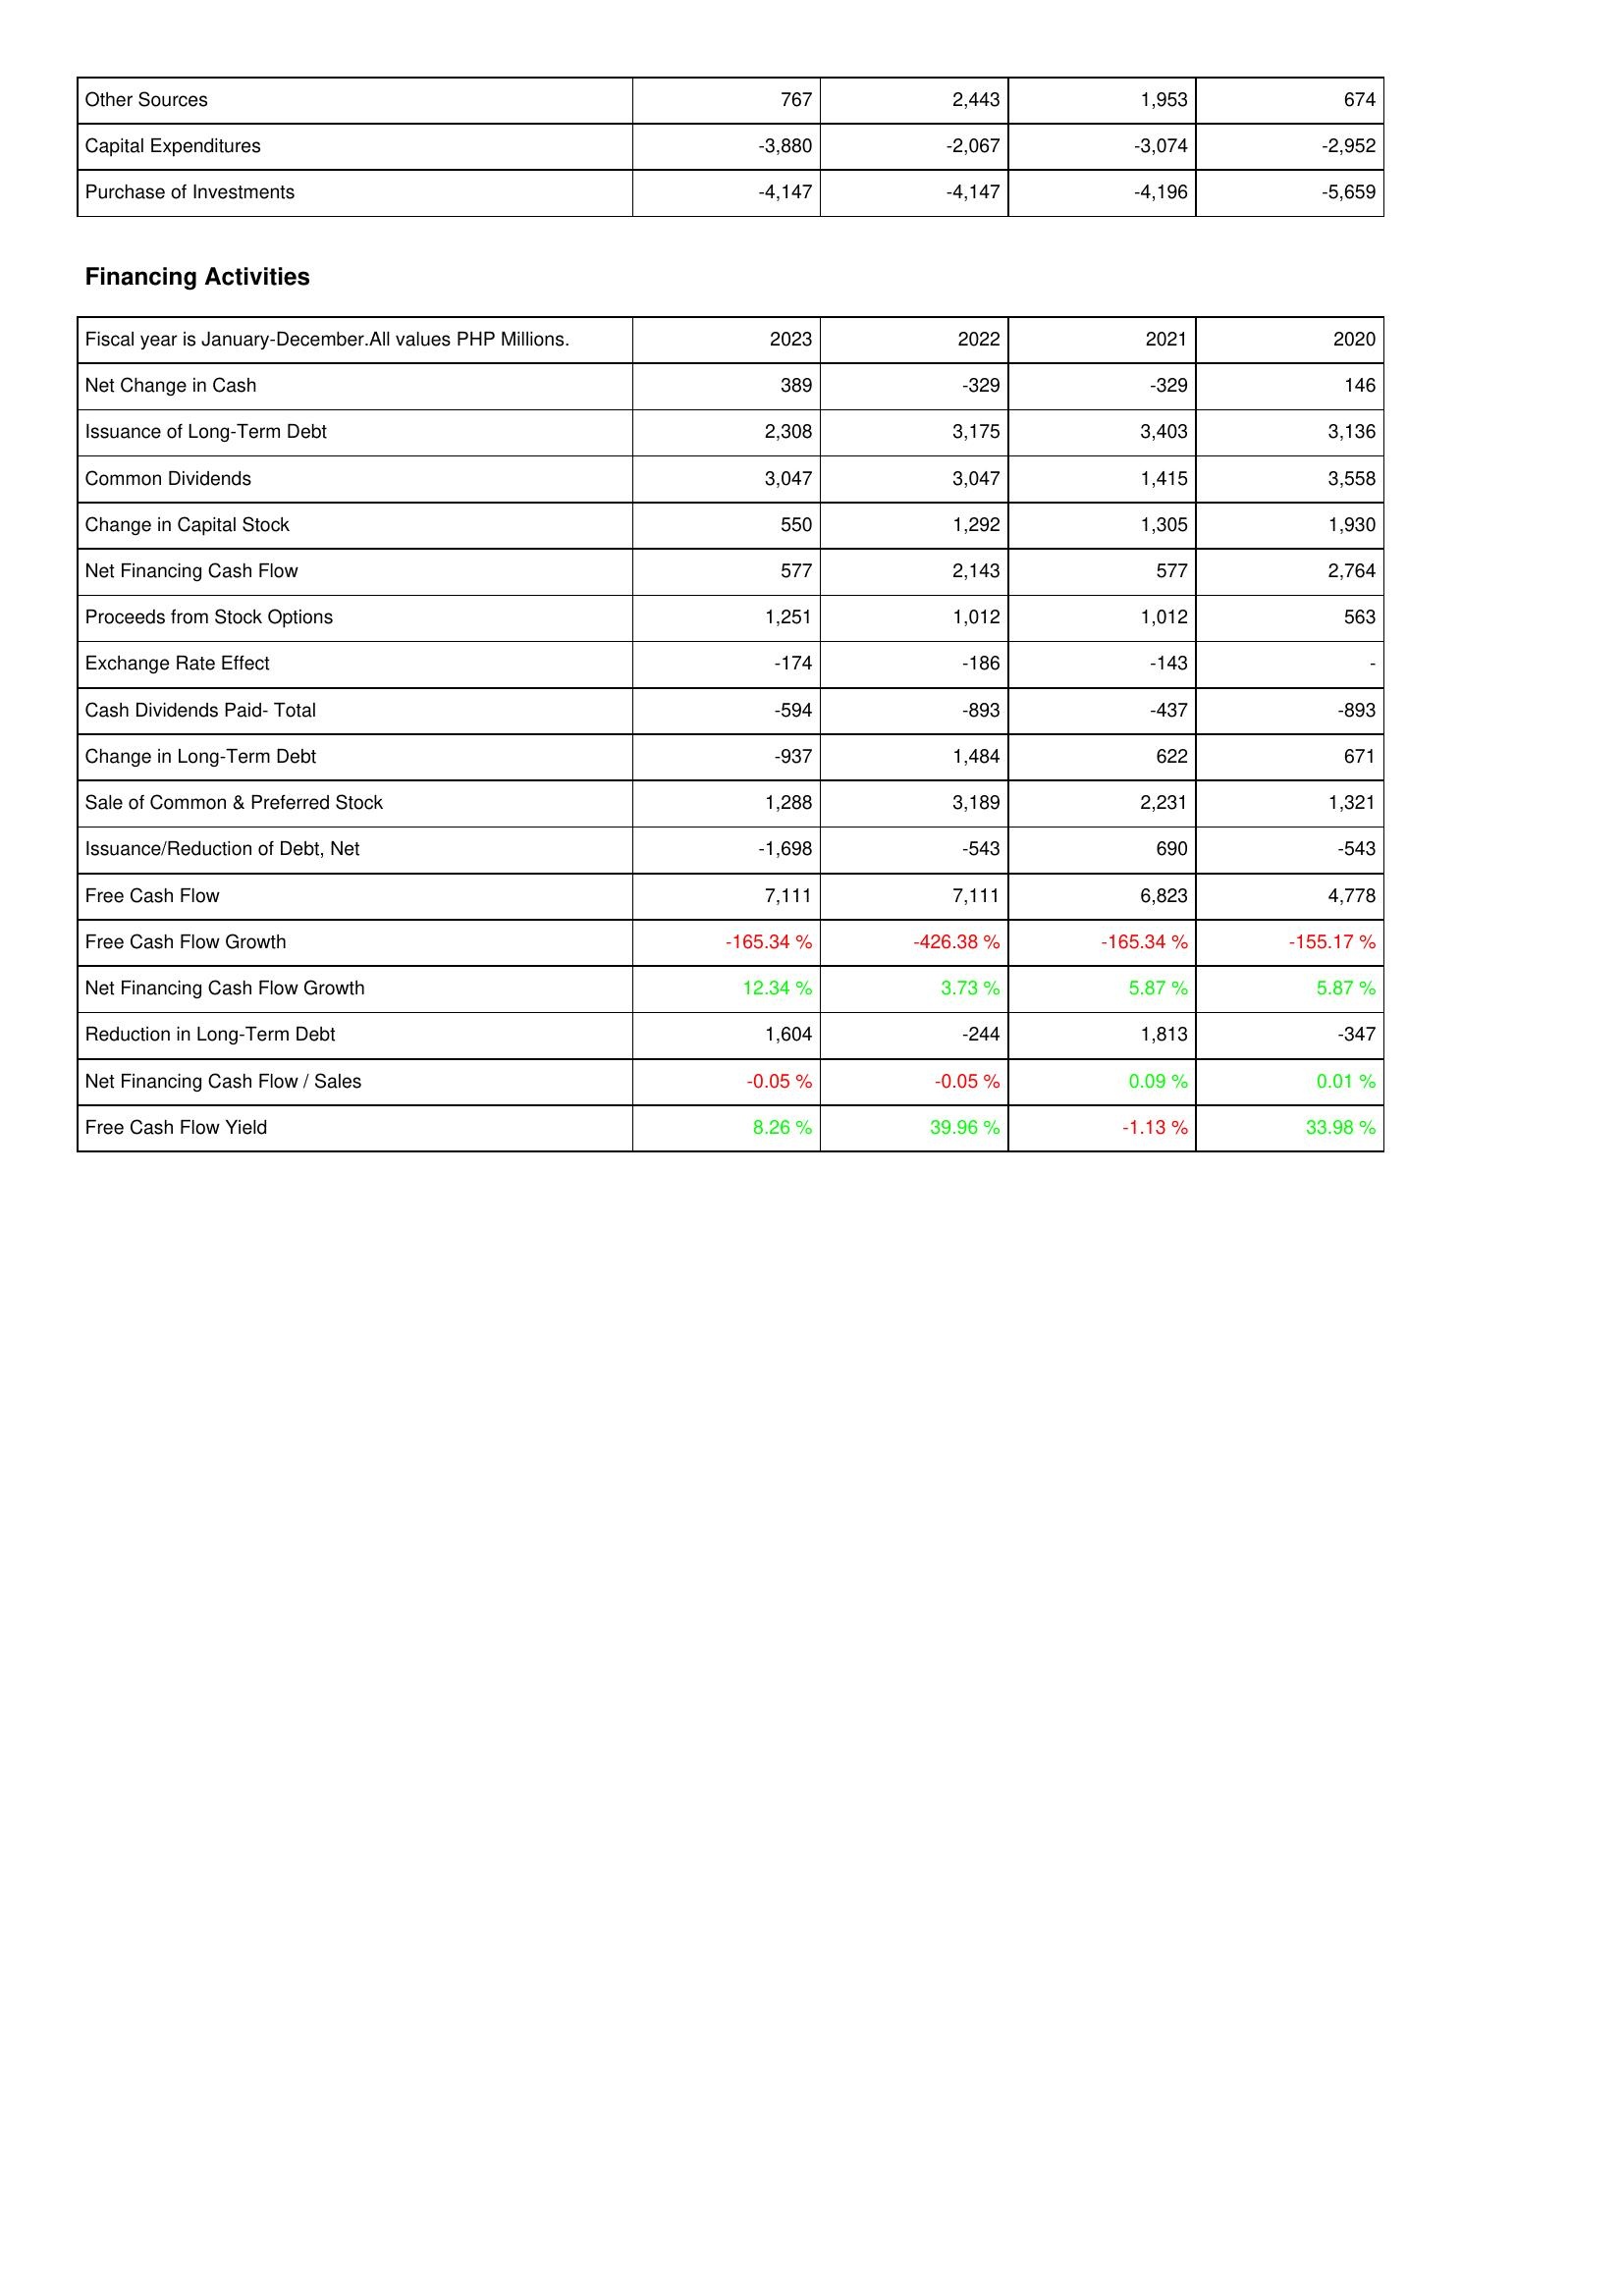
2023: Investing Activities: Other Sources: 767
Capital Expenditures: -3,880
Purchase of Investments: -4,147
Financing Activities: Net Change in Cash: 389
Issuance of Long-Term Debt: 2,308
Common Dividends: 3,047
Change in Capital Stock: 550
Net Financing Cash Flow: 577
Proceeds from Stock Options: 1,251
Exchange Rate Effect: -174
Cash Dividends Paid- Total: -594
Change in Long-Term Debt: -937
Sale of Common & Preferred Stock: 1,288
Issuance/Reduction of Debt, Net: -1,698
Free Cash Flow: 7,111
Free Cash Flow Growth: -165.34 %
Net Financing Cash Flow Growth: 12.34 %
Reduction in Long-Term Debt: 1,604
Net Financing Cash Flow / Sales: -0.05 %
Free Cash Flow Yield: 8.26 %
2022: Investing Activities: Other Sources: 2,443
Capital Expenditures: -2,067
Purchase of Investments: -4,147
Financing Activities: Net Change in Cash: -329
Issuance of Long-Term Debt: 3,175
Common Dividends: 3,047
Change in Capital Stock: 1,292
Net Financing Cash Flow: 2,143
Proceeds from Stock Options: 1,012
Exchange Rate Effect: -186
Cash Dividends Paid- Total: -893
Change in Long-Term Debt: 1,484
Sale of Common & Preferred Stock: 3,189
Issuance/Reduction of Debt, Net: -543
Free Cash Flow: 7,111
Free Cash Flow Growth: -426.38 %
Net Financing Cash Flow Growth: 3.73 %
Reduction in Long-Term Debt: -244
Net Financing Cash Flow / Sales: -0.05 %
Free Cash Flow Yield: 39.96 %
2021: Investing Activities: Other Sources: 1,953
Capital Expenditures: -3,074
Purchase of Investments: -4,196
Financing Activities: Net Change in Cash: -329
Issuance of Long-Term Debt: 3,403
Common Dividends: 1,415
Change in Capital Stock: 1,305
Net Financing Cash Flow: 577
Proceeds from Stock Options: 1,012
Exchange Rate Effect: -143
Cash Dividends Paid- Total: -437
Change in Long-Term Debt: 622
Sale of Common & Preferred Stock: 2,231
Issuance/Reduction of Debt, Net: 690
Free Cash Flow: 6,823
Free Cash Flow Growth: -165.34 %
Net Financing Cash Flow Growth: 5.87 %
Reduction in Long-Term Debt: 1,813
Net Financing Cash Flow / Sales: 0.09 %
Free Cash Flow Yield: -1.13 %
2020: Investing Activities: Other Sources: 674
Capital Expenditures: -2,952
Purchase of Investments: -5,659
Financing Activities: Net Change in Cash: 146
Issuance of Long-Term Debt: 3,136
Common Dividends: 3,558
Change in Capital Stock: 1,930
Net Financing Cash Flow: 2,764
Proceeds from Stock Options: 563
Exchange Rate Effect: -
Cash Dividends Paid- Total: -893
Change in Long-Term Debt: 671
Sale of Common & Preferred Stock: 1,321
Issuance/Reduction of Debt, Net: -543
Free Cash Flow: 4,778
Free Cash Flow Growth: -155.17 %
Net Financing Cash Flow Growth: 5.87 %
Reduction in Long-Term Debt: -347
Net Financing Cash Flow / Sales: 0.01 %
Free Cash Flow Yield: 33.98 %